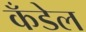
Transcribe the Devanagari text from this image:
कँडेल